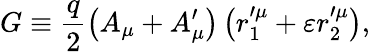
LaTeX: G\equiv\frac{q}{2}\left(A_{\mu}+A_{\mu}^{\prime}\right)\left(r_{1}^{\prime\mu}+\varepsilon r_{2}^{\prime\mu}\right),